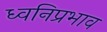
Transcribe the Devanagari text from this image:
ध्वनिप्रभाव